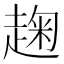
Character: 趜